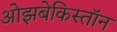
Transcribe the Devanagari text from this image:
ओझबेकिस्तॉन